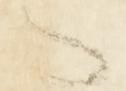
々